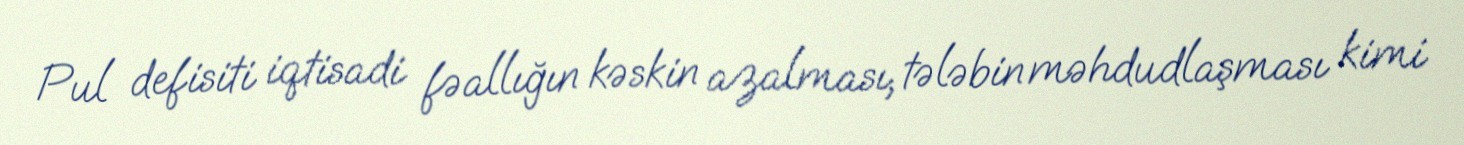
Pul defisiti iqtisadi fəallığın kəskin azalması, tələbin məhdudlaşması kimi